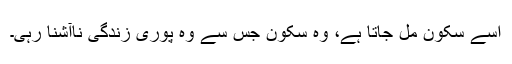
اسے سکون مل جاتا ہے، وہ سکون جس سے وہ پوری زندگی ناآشنا رہی۔